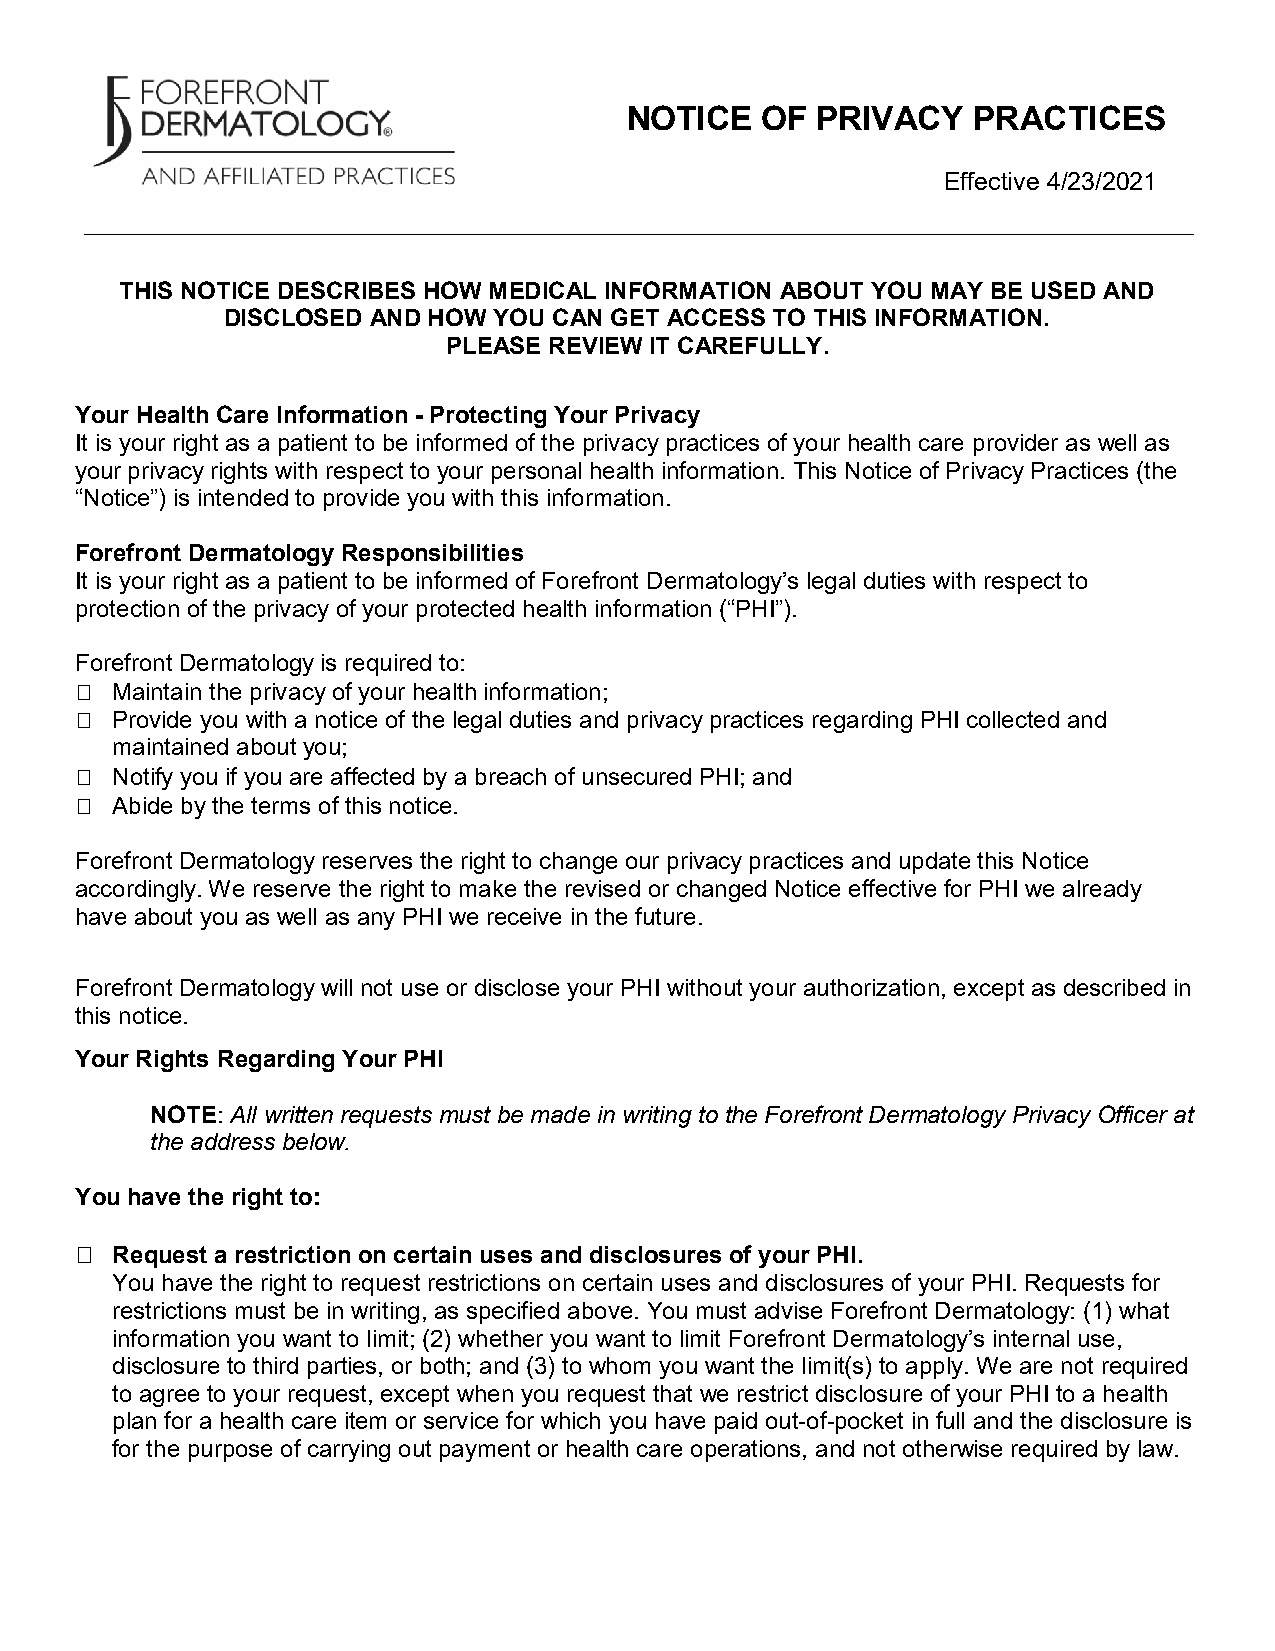
NOTICE   OF  PRIVACY   PRACTICES
 Effective 4/23/2021
 THIS NOTICE DESCRIBES HOW MEDICAL INFORMATION ABOUT YOU MAY BE USED AND
 DISCLOSED AND HOW YOU CAN GET ACCESS TO THIS INFORMATION.
 PLEASE REVIEW IT CAREFULLY.
 Your Health Care Information - Protecting Your Privacy
 It is your right as a patient to be informed of the privacy practices of your health care provider as well as
 your privacy rights with respect to your personal health information. This Notice of Privacy Practices (the
 “Notice”) is intended to provide you with this information.
 Forefront Dermatology Responsibilities
 It is your right as a patient to be informed of Forefront Dermatology’s legal duties with respect to
 protection of the privacy of your protected health information (“PHI”).
 Forefront Dermatology is required to:
  Maintain the privacy of your health information;
  Provide you with a notice of the legal duties and privacy practices regarding PHI collected and
 maintained about you;
  Notify you if you are affected by a breach of unsecured PHI; and
  Abide by the terms of this notice.
 Forefront Dermatology reserves the right to change our privacy practices and update this Notice
 accordingly. We reserve the right to make the revised or changed Notice effective for PHI we already
 have about you as well as any PHI we receive in the future.
 Forefront Dermatology will not use or disclose your PHI without your authorization, except as described in
 this notice.
 Your Rights Regarding Your PHI
 NOTE: All written requests must be made in writing to the Forefront Dermatology Privacy Officer at
 the address below.
 You have the right to:
  Request a restriction on certain uses and disclosures of your PHI.
 You have the right to request restrictions on certain uses and disclosures of your PHI. Requests for
 restrictions must be in writing, as specified above. You must advise Forefront Dermatology: (1) what
 information you want to limit; (2) whether you want to limit Forefront Dermatology’s internal use,
 disclosure to third parties, or both; and (3) to whom you want the limit(s) to apply. We are not required
 to agree to your request, except when you request that we restrict disclosure of your PHI to a health
 plan for a health care item or service for which you have paid out-of-pocket in full and the disclosure is
 for the purpose of carrying out payment or health care operations, and not otherwise required by law.